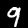
Label: 9